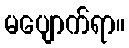
မပျောက်ရာ။